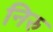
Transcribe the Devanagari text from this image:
निरु